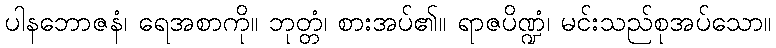
ပါနဘောဇနံ၊ ရေအစာကို။ ဘုတ္တံ၊ စားအပ်၏။ ရာဇပိဏ္ဍံ၊ မင်းသည်စုအပ်သော။